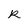
Character: R